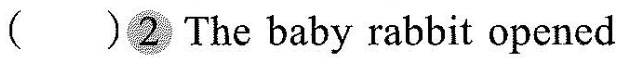
( )② The baby rabbit opened